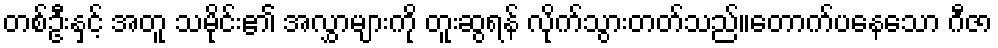
တစ်ဦးနှင့် အတူ သမိုင်း၏ အလွှာများကို တူးဆွရန် လိုက်သွားတတ်သည်။တောက်ပနေသော ဂီဇာ